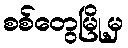
စစ်တွေမြို့မှ